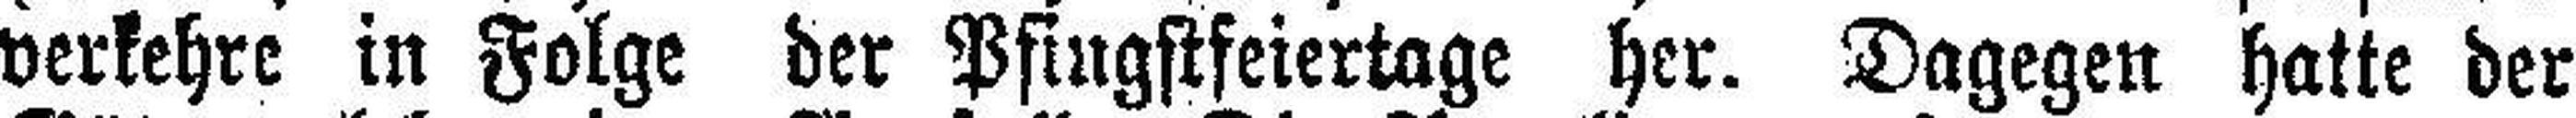
verkehre in Folge der Pfingstfeiertage her. Dagegen hatte der